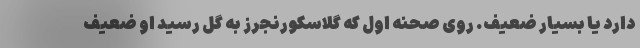
دارد یا بسیار ضعیف. روی صحنه اول که گلاسکورنجرز به گل رسید او ضعیف